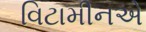
વિટામીનએ